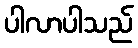
ပါလာပါသည်